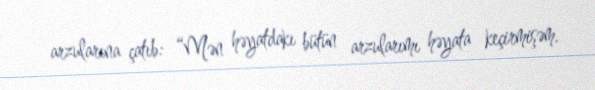
arzularına çatıb: “Mən həyatdakı bütün arzularımı həyata keçirmişəm.